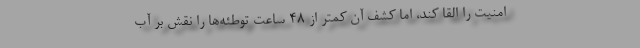
امنیت را القا کند، اما کشف آن کمتر از ۴۸ ساعت توطئه‌ها را نقش بر آب